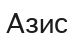
Азис